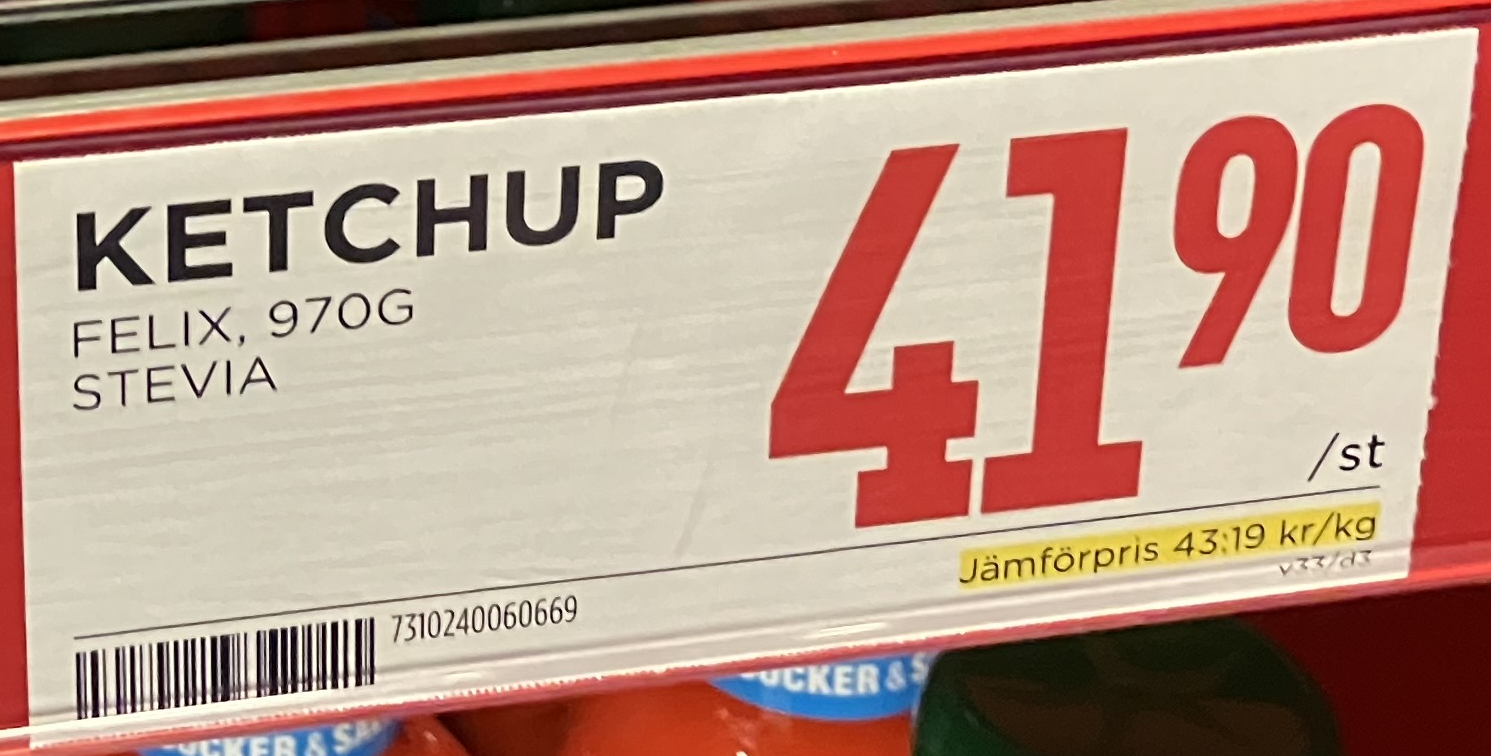
Vara: Ketchup
Genomsnittspris: 43.19 per kg